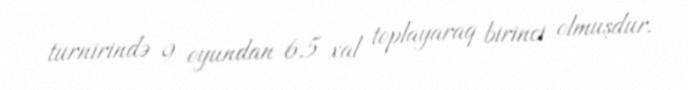
turnirində 9 oyundan 6.5 xal toplayaraq birinci olmuşdur.